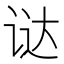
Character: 𬣵